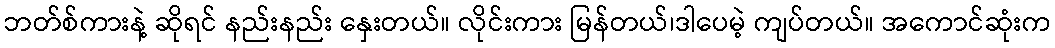
ဘတ်စ်ကားနဲ့ ဆိုရင် နည်းနည်း နှေးတယ်။ လိုင်းကား မြန်တယ်၊ဒါပေမဲ့ ကျပ်တယ်။ အကောင်ဆုံးက